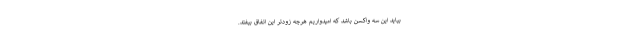
بیاید این سه واکسن باشد که امیدواریم هرچه زودتر این اتفاق بیفتد.